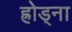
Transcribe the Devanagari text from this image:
ह्रोड्ना